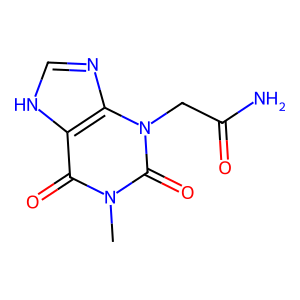
SMILES: Cn1c(=O)c2[nH]cnc2n(CC(N)=O)c1=O
Inhibits HIV replication: No